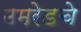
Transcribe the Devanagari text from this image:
उमरेडचे